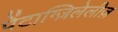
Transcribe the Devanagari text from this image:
पेंटाग्ज़िलेलीज़